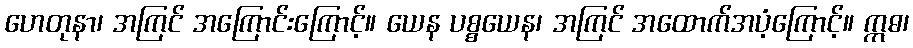
ဟေတုနာ၊ အကြင် အကြောင်းကြောင့်။ ယေန ပစ္စယေန၊ အကြင် အထောက်အပံ့ကြောင့်။ ဣဓ၊